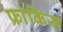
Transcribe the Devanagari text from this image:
फ्रांकिस